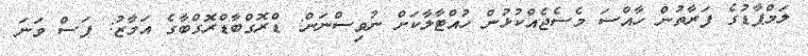
ލަމްޕާޑުގެ ފަރާތުން ހާއްސަ މެސެޖެއްކުޅުން ހުއްޓާލާކަށް ނުވިސްނަން: ޑްރޮގްބާޑްރޮގްބާގެ އަމާޒު: ފަސް ވަނަ